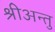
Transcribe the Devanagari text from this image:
श्रीअन्तु